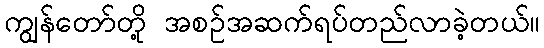
ကျွန်တော်တို့ အစဉ်အဆက်ရပ်တည်လာခဲ့တယ်။